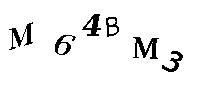
M64BM3